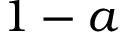
1 - a